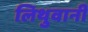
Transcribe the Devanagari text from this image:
लिथुवानी